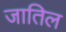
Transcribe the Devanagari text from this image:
जातिल